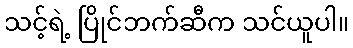
သင့်ရဲ့ ပြိုင်ဘက်ဆီက သင်ယူပါ။